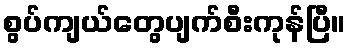
စွပ်ကျယ်တွေပျက်စီးကုန်ပြီ။